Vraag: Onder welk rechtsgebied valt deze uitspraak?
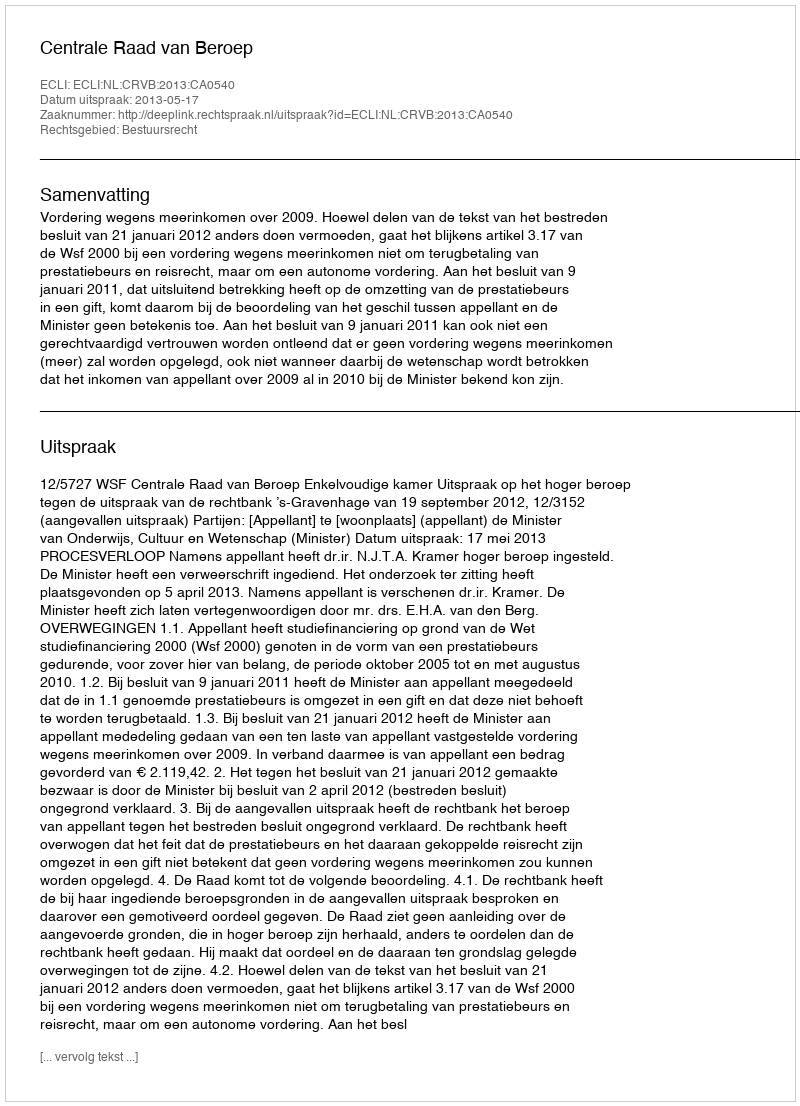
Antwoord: Bestuursrecht